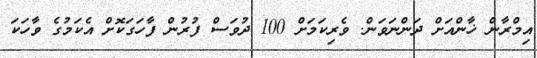
އިމްރާން ޚާންއަށް ދަންނަވަން. ވެރިކަމަށް 100 ދުވަސް ފުރުން ފާހަގަކޮށް އެކަމުގެ ވާހަކަ